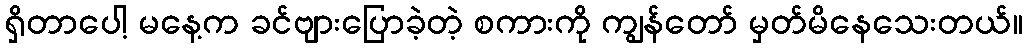
ရှိတာပေါ့ မနေ့က ခင်ဗျားပြောခဲ့တဲ့ စကားကို ကျွန်တော် မှတ်မိနေသေးတယ်။